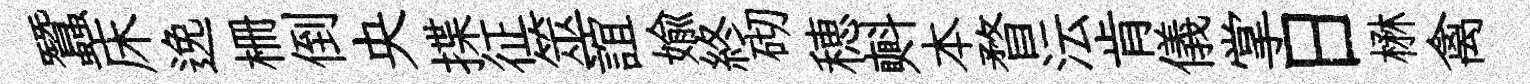
蠶床𨓜栅倒央揲征筮誼媮終砌穂㪺本瞀沄肯儀掌日楙禽